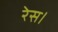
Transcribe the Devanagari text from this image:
रेस।